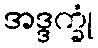
အဒ္ဒက္ခုံ